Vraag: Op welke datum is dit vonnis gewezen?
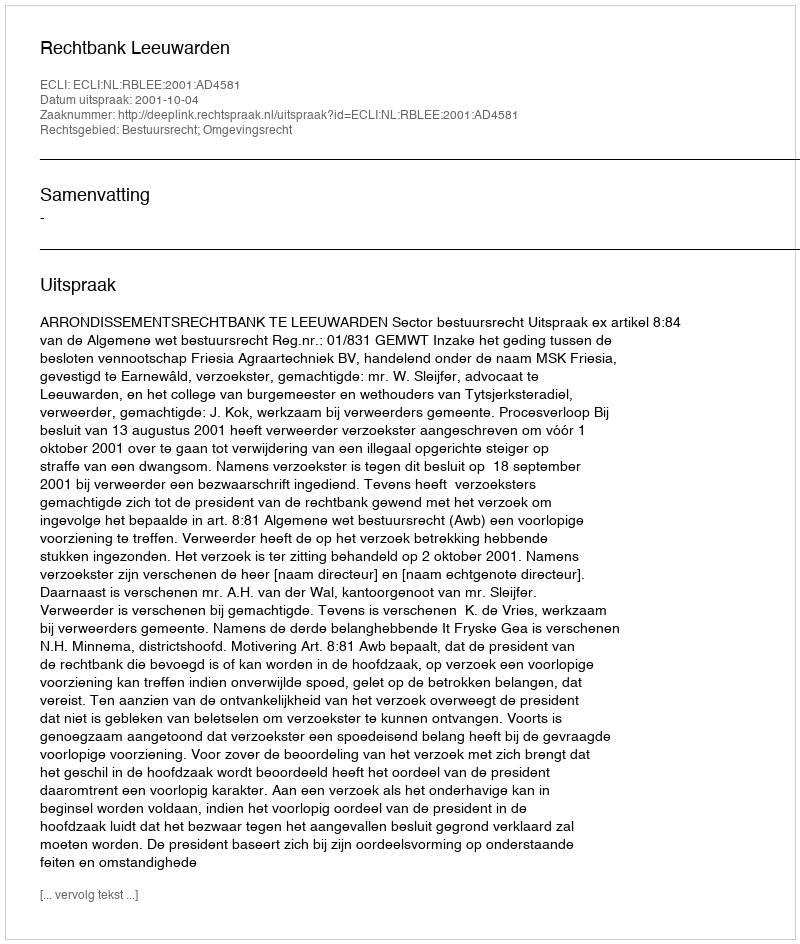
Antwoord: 2001-10-04